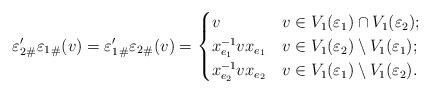
LaTeX: \begin{align*}{\varepsilon_2'}_\#{\varepsilon_1}_\#(v)&={\varepsilon_1'}_\#{\varepsilon_2}_\#(v)=\begin{cases}v & v\in V_1(\varepsilon_1)\cap V_1(\varepsilon_2);\\x_{e_1}^{-1}vx_{e_1} & v\in V_1(\varepsilon_2)\setminus V_1(\varepsilon_1);\\x_{e_2}^{-1}vx_{e_2} & v\in V_1(\varepsilon_1)\setminus V_1(\varepsilon_2).\end{cases}\end{align*}